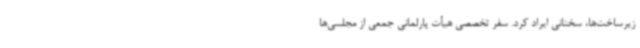
زیرساخت‌ها، سخنانی ایراد کرد. سفر تخصصی هیأت پارلمانی جمعی از مجلسی‌ها